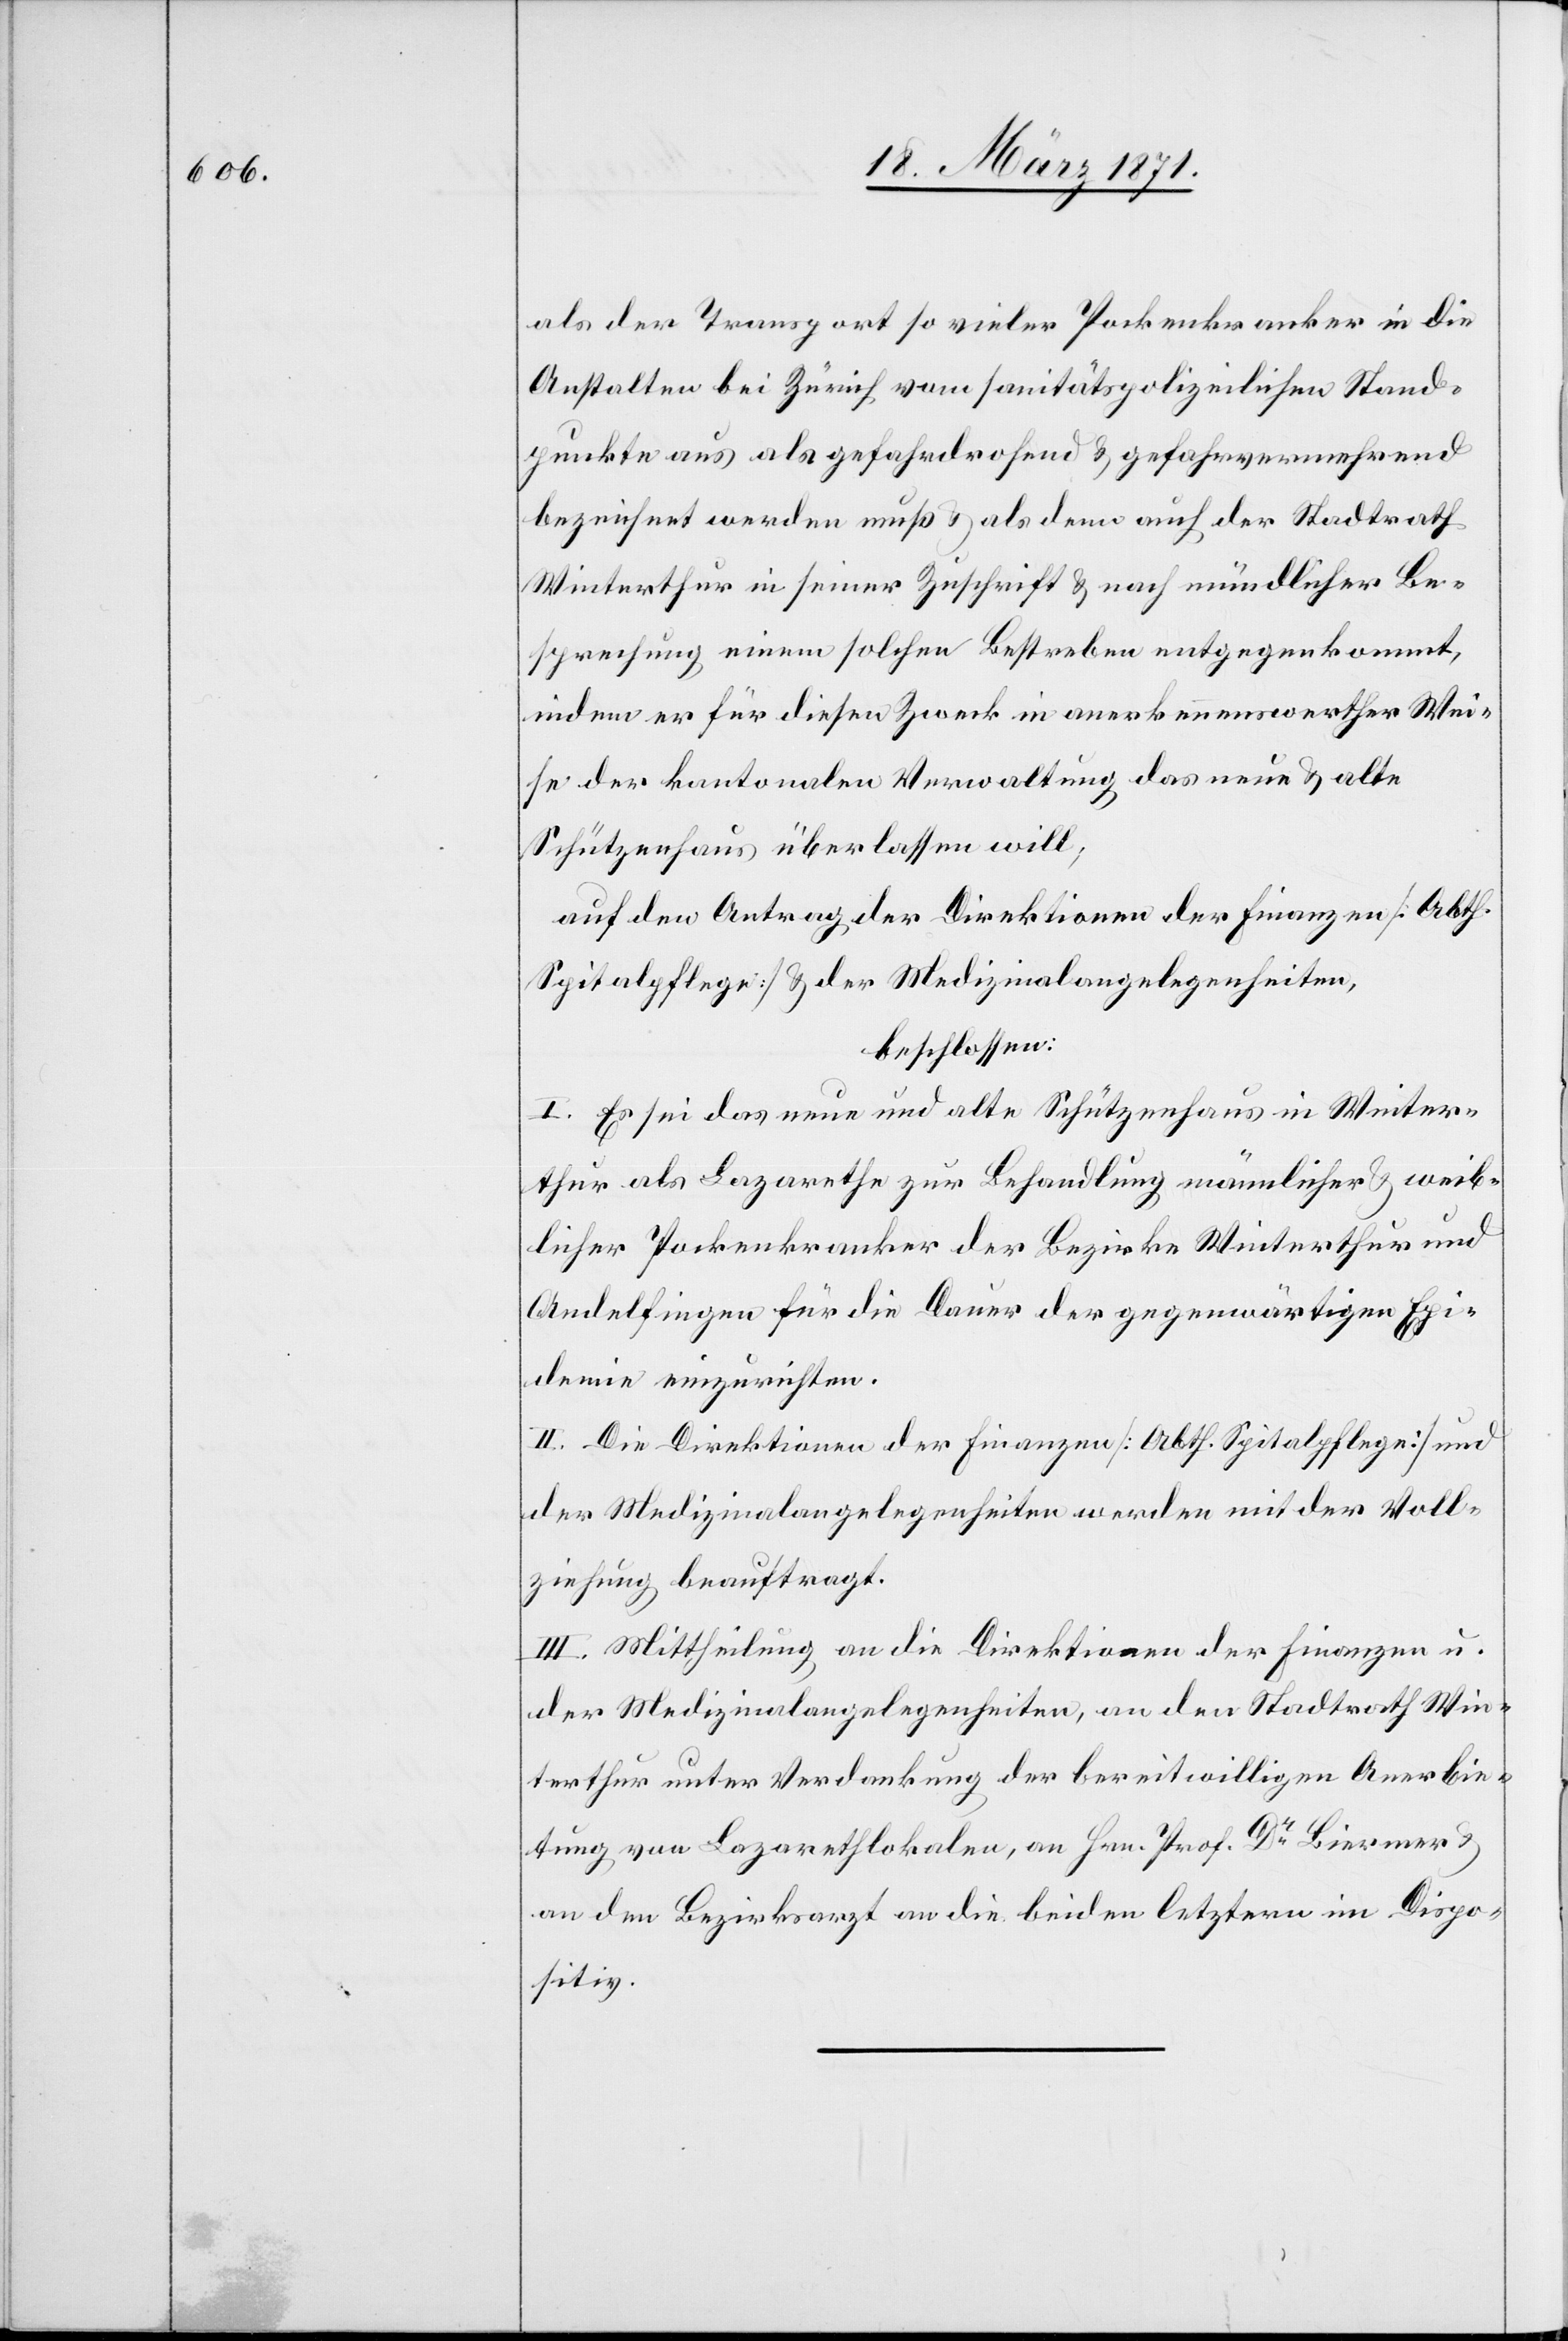
als der Transport so vieler Pockenkranker in die
Anstalten bei Zürich vom sanitätspolizeilichen Stand¬
punkte aus als gefahrdrohend u. gefahrvermehrend
bezeichnet werden muß u. als denn auch der Stadtrath
Winterthur in seiner Zuschrift u. nach mündlicher Be¬
sprechung einem solchen Bestreben entgegenkommt,
indem er für diesen Zweck in anerkennenswerther Wei¬
se der kantonalen Verwaltung das neue u. alte
Schützenhaus überlassen will,
auf den Antrag der Direktion der Finanzen [Abth.
Spitalpflege] u. der Medizinalangelegenheiten,
beschlossen:
I. Es sei das neue und alte Schützenhaus in Winter¬
thur als Lazareth zur Behandlung männlicher u. weib¬
licher Pockenkranker der Bezirke Winterthur und
Andelfingen für die Dauer der gegenwärtigen Epi¬
demie einzurichten.
II. Die Direktion der Finanzen [Abth. Spitalpflege] und
der Medizinalangelegenheiten werden mit der Voll¬
ziehung beauftragt.
III. Mittheilung an die Direktion der Finanzen u.
der Medizinalangelegenheiten, an den Stadtrath Win¬
terthur unter Verdankung der bereitwilligen Anerbie¬
tung von Lazarethlokalen, an Hrn. Prof. Dr. Biermer u.
an den Bezirksarzt an die beiden letztern im Dispo¬
sitiv.